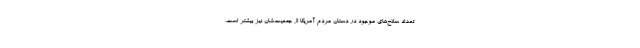
تعداد سلاح‌های موجود در دستان مردم آمریکا از جمعیت‌شان نیز بیشتر است.